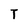
Character: T